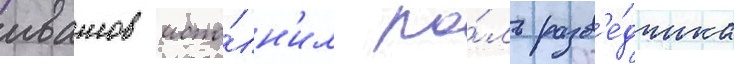
ивашов испо́лн'ил ро́ль разв'е́дчика